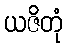
ယဇိတုံ